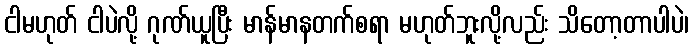
ငါမဟုတ် ငါပဲလို့ ဂုဏ်ယူပြီး မာန်မာနတက်စရာ မဟုတ်ဘူးလို့လည်း သိတော့တာပါပဲ၊